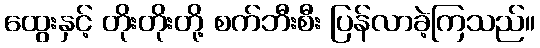
ထွေးနှင့် တိုးတိုးတို့ စက်ဘီးစီး ပြန်လာခဲ့ကြသည်။